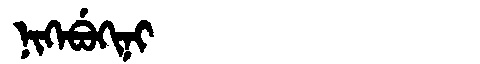
Manchu: ᠨᡳᡴᡝᠪᡠᡴᡳᠨᡳ
Romanization: NIKEBUKINI